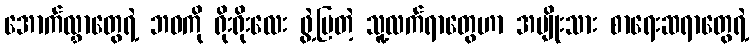
အောက်လွှာတွေရဲ့ ဘဝကို ရိုးရိုးလေး ဖွဲ့ပြတဲ့ သူ့လက်ရာတွေဟာ အမျိုးသား စာရေးဆရာတွေရဲ့